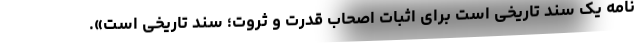
نامه یک سند تاریخی است برای اثبات اصحاب قدرت و ثروت؛ سند تاریخی است».